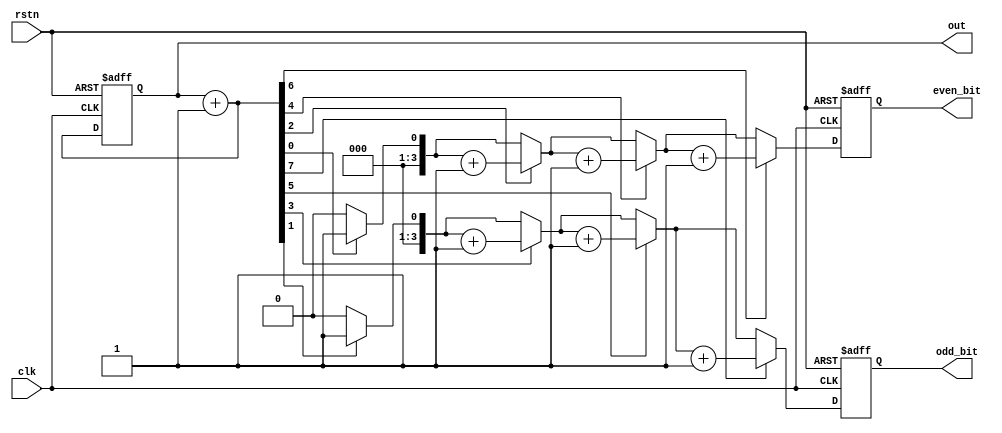
module guarded_unsigned_counter # (
    parameter width = 8,
    parameter guard_bits = 4
) (
        input   clk,
                rstn,

        output  reg [width - 1:0]       out,
        output  reg [guard_bits - 1:0]  even_bit,
                                        odd_bit
);

    integer i;

    always @ (posedge clk or negedge rstn) begin
        if (!rstn) begin
            out <= 0;
            odd_bit <= 0;
            even_bit <= 0;
        end else begin
            out++;
            odd_bit = 0;
            even_bit = 0;

            for (i = 1; i < width; i = i + 2) begin
                if (out[i])
                    odd_bit = odd_bit + 1;
            end

            for (i = 0; i < width; i = i + 2) begin
                if (out[i])
                    even_bit = even_bit + 1;
            end
        end
    end

endmodule